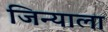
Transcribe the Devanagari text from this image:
जिन्याला